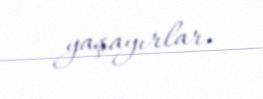
yaşayırlar.